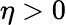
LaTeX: \eta>0